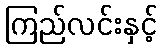
ကြည်လင်းနှင့်